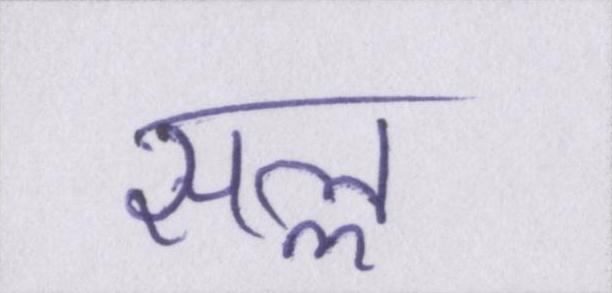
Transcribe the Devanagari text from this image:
सल्ल